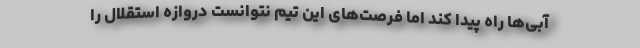
آبی‌ها راه پیدا کند اما فرصت‌های این تیم نتوانست دروازه استقلال را